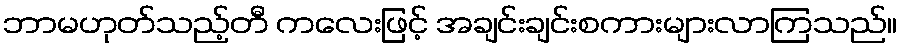
ဘာမဟုတ်သည့်တီ ကလေးဖြင့် အချင်းချင်းစကားများလာကြသည်။